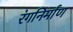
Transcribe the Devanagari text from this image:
रंगनिर्माण